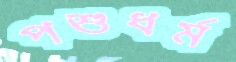
পশুধর্ম